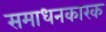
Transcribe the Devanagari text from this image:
समाधनकारक